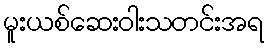
မူးယစ်ဆေးဝါးသတင်းအရ